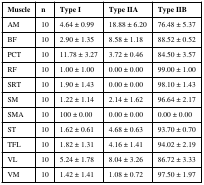
<table><thead><tr><td><b>Muscle</b></td><td><b>n</b></td><td><b>Type I</b></td><td><b>Type IIA</b></td><td><b>Type IIB</b></td></tr></thead><tbody><tr><td>AM</td><td>10</td><td>4.64 ± 0.99</td><td>18.88 ± 6.20</td><td>76.48 ± 5.37</td></tr><tr><td>BF</td><td>10</td><td>2.90 ± 1.35</td><td>8.58 ± 1.18</td><td>88.52 ± 0.52</td></tr><tr><td>PCT</td><td>10</td><td>11.78 ± 3.27</td><td>3.72 ± 0.46</td><td>84.50 ± 3.57</td></tr><tr><td>RF</td><td>10</td><td>1.00 ± 1.00</td><td>0.00 ± 0.00</td><td>99.00 ± 1.00</td></tr><tr><td>SRT</td><td>10</td><td>1.90 ± 1.43</td><td>0.00 ± 0.00</td><td>98.10 ± 1.43</td></tr><tr><td>SM</td><td>10</td><td>1.22 ± 1.14</td><td>2.14 ± 1.62</td><td>96.64 ± 2.17</td></tr><tr><td>SMA</td><td>10</td><td>100 ± 0.00</td><td>0.00 ± 0.00</td><td>0.00 ± 0.00</td></tr><tr><td>ST</td><td>10</td><td>1.62 ± 0.61</td><td>4.68 ± 0.63</td><td>93.70 ± 0.70</td></tr><tr><td>TFL</td><td>10</td><td>1.82 ± 1.31</td><td>4.16 ± 1.41</td><td>94.02 ± 2.19</td></tr><tr><td>VL</td><td>10</td><td>5.24 ± 1.78</td><td>8.04 ± 3.26</td><td>86.72 ± 3.33</td></tr><tr><td>VM</td><td>10</td><td>1.42 ± 1.41</td><td>1.08 ± 0.72</td><td>97.50 ± 1.97</td></tr></tbody></table>